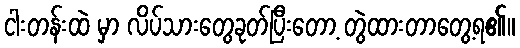
ငါးတန်းထဲ မှာ လိပ်သားတွေခုတ်ပြီးတော့ တွဲထားတာတွေ့ရ၏။